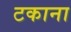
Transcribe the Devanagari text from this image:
टकाना